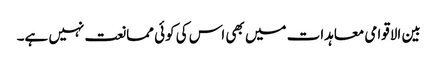
بین الاقوامی معاہدات میں بھی اس کی کوئی ممانعت نہیں ہے۔